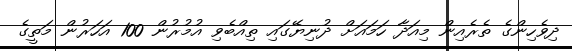
ދިވެހިންގެ ތެރެއިން މިއަދާ ހަމައަށް ދުނިޔޭގައި ތިއްބެވި އުމުރުން 100 އަހަރުން މަތީގެ